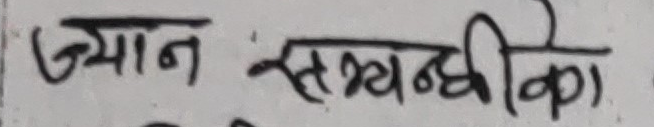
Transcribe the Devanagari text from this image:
ज्यान सम्बन्धीका